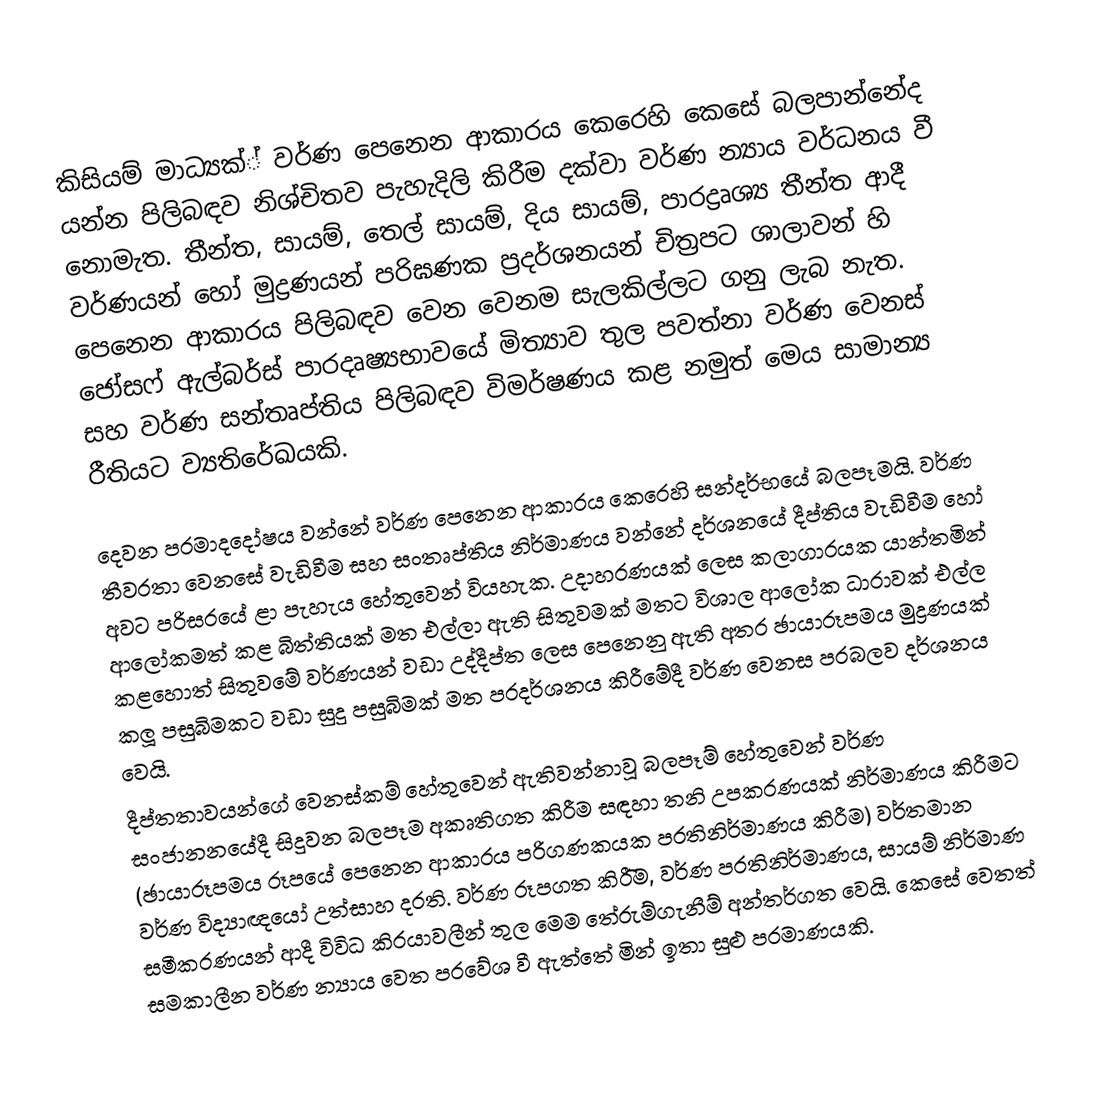
කිසියම් මාධ්‍යක්් වර්ණ පෙනෙන ආකාරය කෙරෙහි කෙසේ බලපාන්නේද යන්න පිලිබඳව නිශ්චිතව පැහැදිලි කිරීම දක්වා වර්ණ න්‍යාය වර්ධනය වී නොමැත. තීන්ත, සායම්, තෙල් සායම්, දිය සායම්, පාරද්‍රෘශ්‍ය තීන්ත ආදී වර්ණයන් හෝ මුද්‍රණයන් පරිඝණක ප‍්‍රදර්ශනයන් චිත‍්‍රපට ශාලාවන් හි පෙනෙන ආකාරය පිලිබඳව වෙන වෙනම සැලකිල්ලට ගනු ලැබ නැත. ජෝසෆ් ඇල්බර්ස් පාරදෘෂ්‍යභාවයේ මිත්‍යාව තුල පවත්නා වර්ණ වෙනස් සහ වර්ණ සන්තෘප්තිය පිලිබඳව විමර්ෂණය කළ නමුත් මෙය සාමාන්‍ය රීතියට ව්‍යතිරේඛයකි.

දෙවන ප‍්‍රමාදදෝෂය වන්නේ වර්ණ පෙනෙන ආකාරය කෙරෙහි සන්දර්භයේ බලපෑමයි. වර්ණ තීව‍්‍රතා වෙනසේ වැඩිවීම සහ සංතෘප්තිය නිර්මාණය වන්නේ දර්ශනයේ දීප්තිය වැඩිවීම හෝ අවට පරිසරයේ ළා පැහැය හේතුවෙන් වියහැක. උදාහරණයක් ලෙස කලාගාරයක යාන්තමින් ආලෝකමත් කළ බිත්තියක් මත එල්ලා ඇති සිතුවමක් මතට විශාල ආලෝක ධාරාවක් එල්ල කළහොත් සිතුවමේ වර්ණයන් වඩා උද්දීප්ත ලෙස පෙනෙනු ඇති අතර ඡායාරූපමය මුද්‍රණයක් කලූ පසුබිමකට වඩා සුදු පසුබිමක් මත ප‍්‍රදර්ශනය කිරීමේදී වර්ණ වෙනස ප‍්‍රබලව දර්ශනය වෙයි.
දීප්තතාවයන්ගේ වෙනස්කම් හේතුවෙන් ඇතිවන්නාවූ බලපෑම් හේතුවෙන් වර්ණ සංජානනයේදී සිදුවන බලපෑම අකෘතිගත කිරීම සඳහා තනි උපකරණයක් නිර්මාණය කිරීමට (ඡායාරූපමය රූපයේ පෙනෙන ආකාරය පරිගණකයක ප‍්‍රතිනිර්මාණය කිරීම) වර්තමාන වර්ණ විද්‍යාඥයෝ උත්සාහ දරති. වර්ණ රූපගත කිරීිම, වර්ණ ප‍්‍රතිනිර්මාණය, සායම් නිර්මාණ සමීකරණයන් ආදී විවිධ කි‍්‍රයාවලීන් තුල මෙම තේරුම්ගැනීම් අන්තර්ගත වෙයි. කෙසේ වෙතත් සමකාලීන වර්ණ න්‍යාය වෙත ප‍්‍රවේශ වී ඇත්තේ මින් ඉතා සුළු ප‍්‍රමාණයකි.